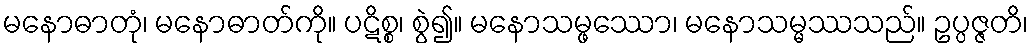
မနောဓာတုံ၊ မနောဓာတ်ကို။ ပဋိစ္စ၊ စွဲ၍။ မနောသမ္ဖဿော၊ မနောသမ္မဿသည်။ ဥပ္ပဇ္ဇတိ၊